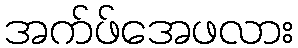
အက်ဖ်အေဖလား